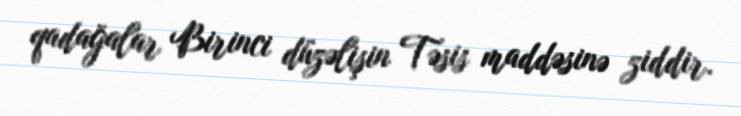
qadağalar Birinci düzəlişin Təsis maddəsinə ziddir.